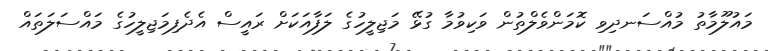
މައުލޫމާތު މުއްސަނދިވި ކޮމަންވެލްތުން ވަކިވުމާ ގުޅޭ މަޖިލީހުގެ ލަފާއަކަށް ރައީސް އެދެފިމަޖިލީހުގެ މައްސަލަތައް